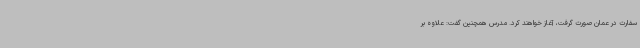
سفارت در عمان صورت گرفت، آغاز خواهند کرد. مدرس همچنین گفت: علاوه بر